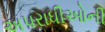
અપરાધીઓની